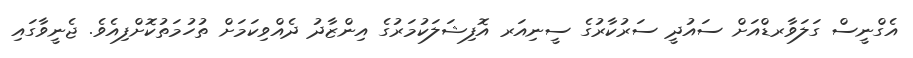
އެގްނީސް ގަލަވާރޑްއަށް ސައުދީ ސަރުކާރުގެ ސީނިއަރ އޮފިޝަލަކުމަރުގެ އިންޒާދު ދެއްވިކަމަށް ތުހުމަތުކޮށްފިއެވެ. ޖެނީވާގައި